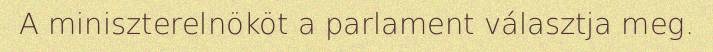
A miniszterelnököt a parlament választja meg.